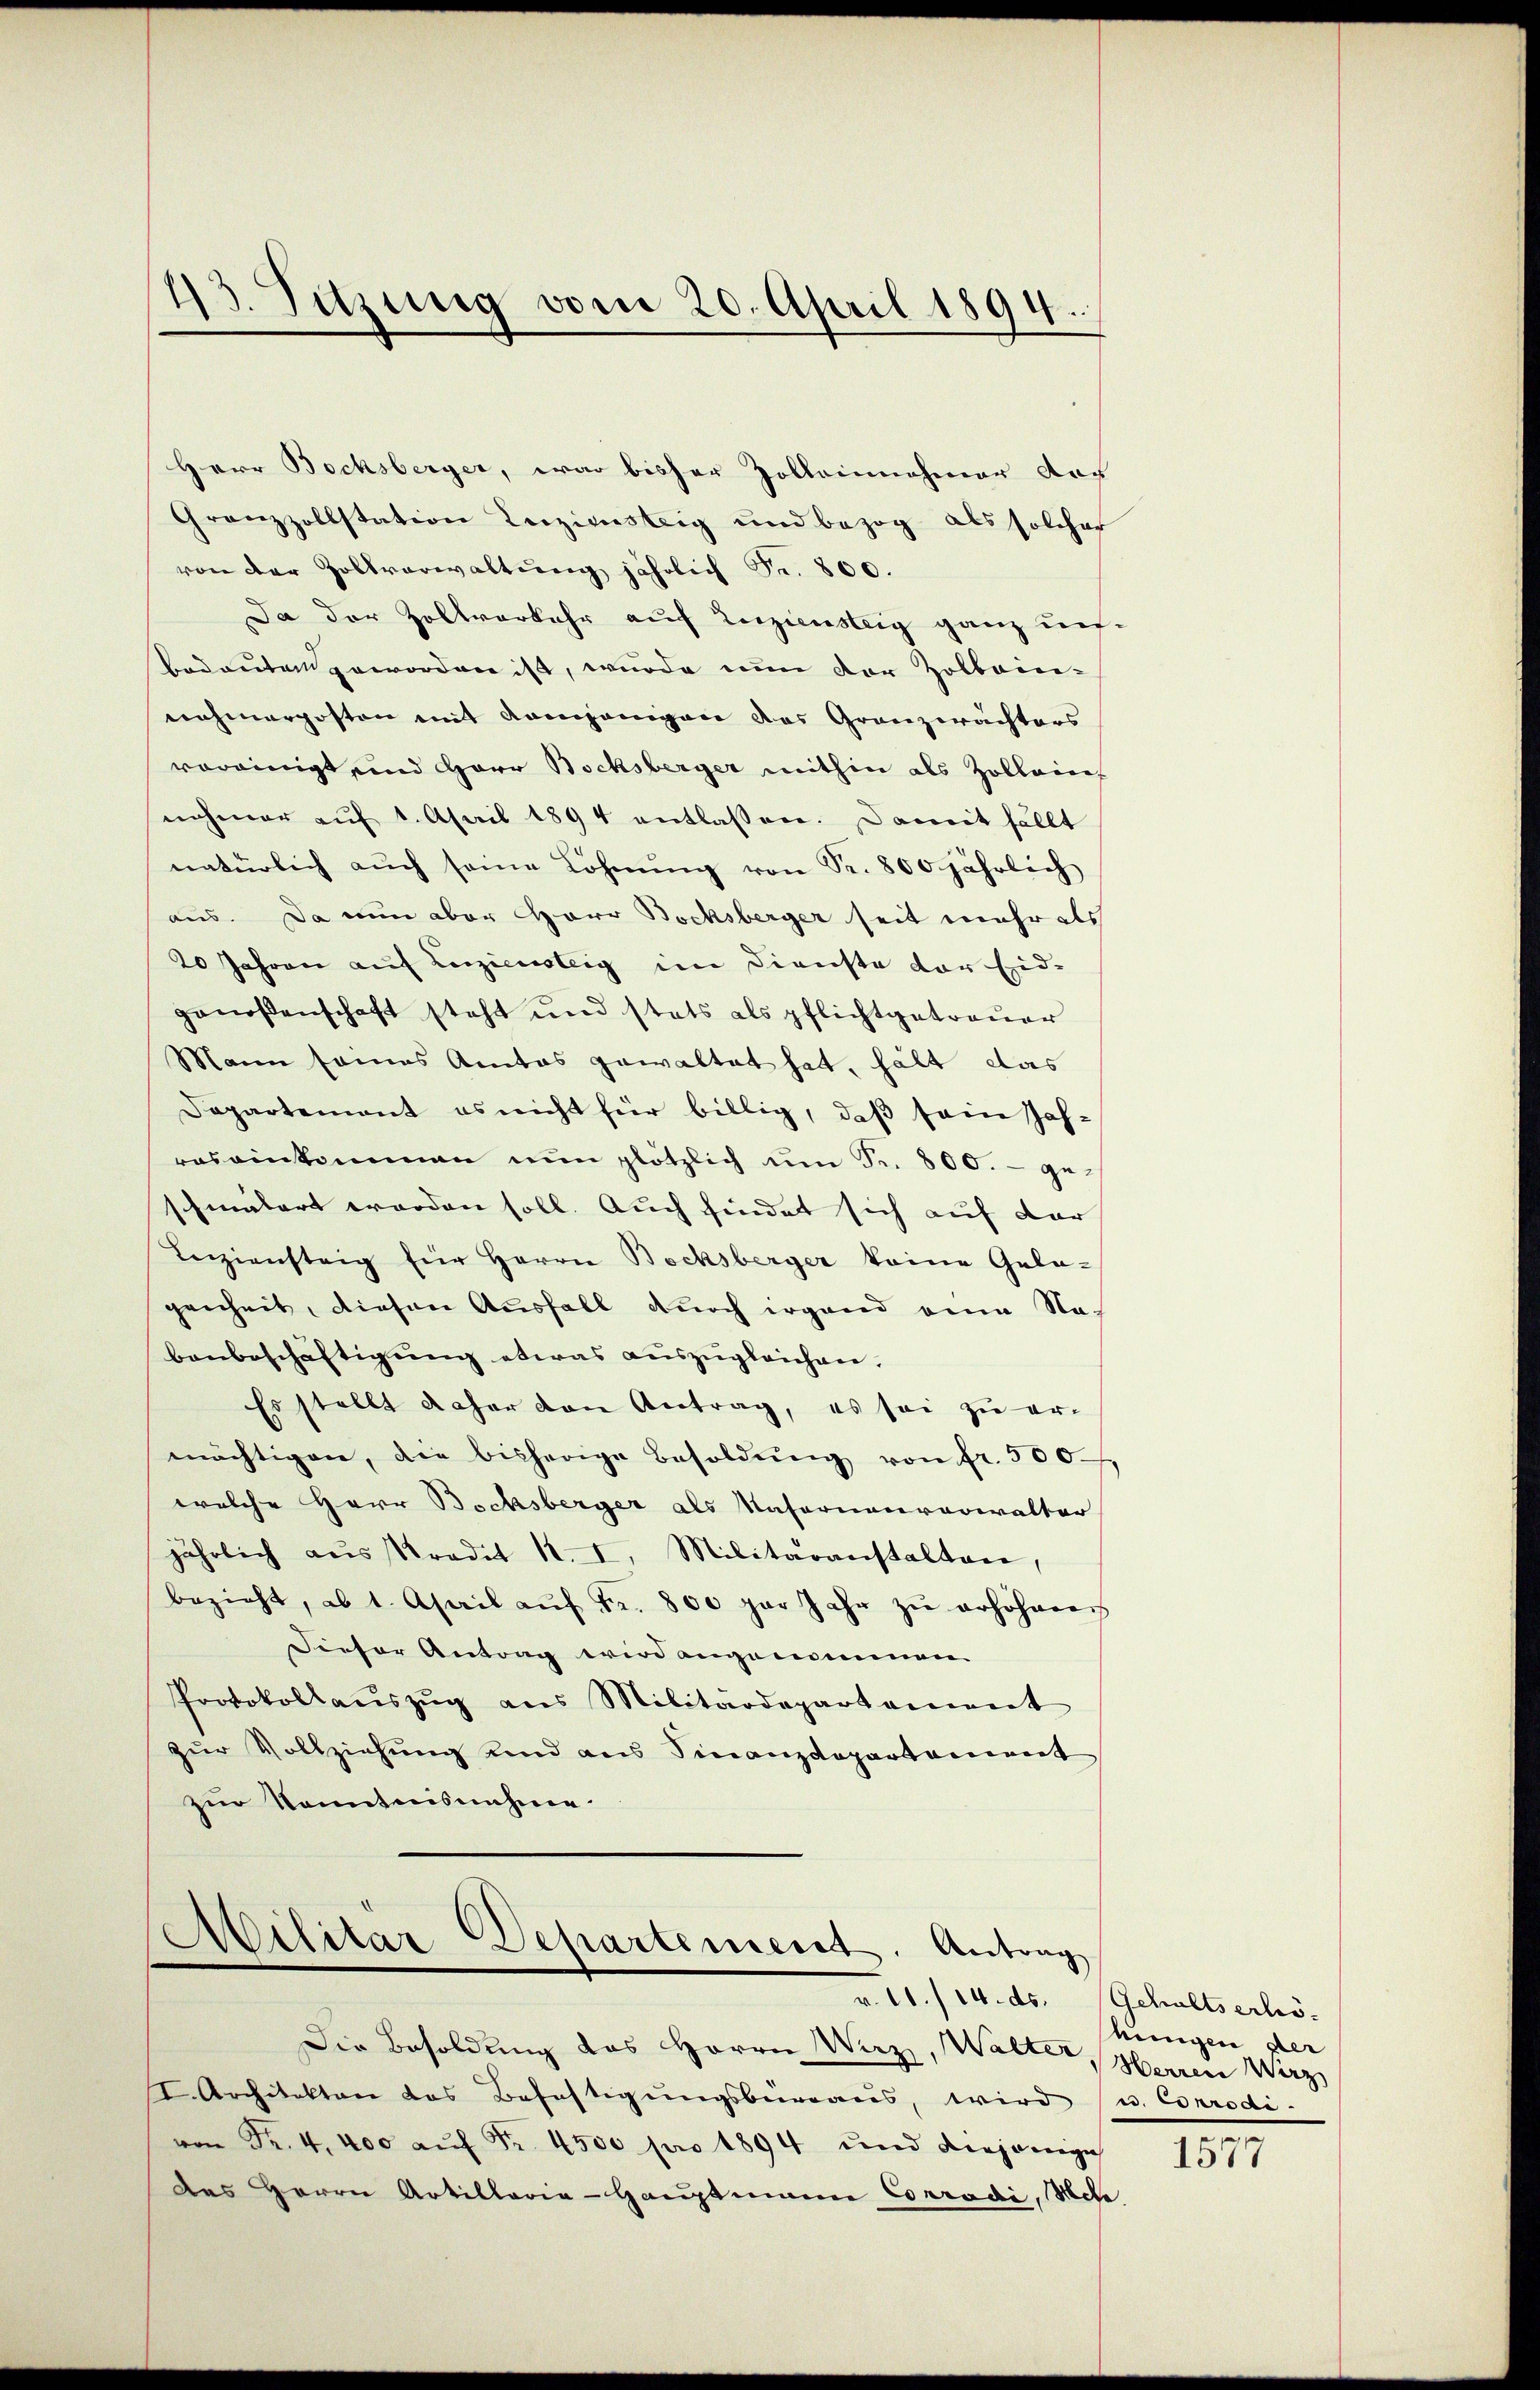
Herr Bochsberger, war bisher Zolleinnehmer der
Grenzzollstation Leiziensteig und bezog als solcher
von der Zollverwaltung jährlich Fr. 800.
Da der Zollvorkehr auf Zuziensteig ganz un¬
Bedeuten geworden ist, wurde nun der Zolbein-
nahmerposten mit Kampanigen das Granzwächters
vereinigt und Herr Bochsberger mithin als Zollein
nehmer aŭf 1. April 1894 entlassen. Damit fällt
natürlich aŭch seine Löhnŭng von Fr. 800 jährlich
aus. Da nun aber Herr Bochsberger seit mehr als
20 Jahren auf Liziensteig im Dienste der Eid-
genoßenschaft steht und stets als pflichtgetreuer
Mann sames Amtes gewaltet hat, hält das
Dapartement es nicht für billig, daβ sein Zah-
ros einkommen nun plötzlich um Fr. 800.- geschmälert worden soll. Auch findet sich auf der
Leiziensteig für Herrn Bocksberger keine Gela-
genheit, diesen Ausfall durch irgend eine Na-
benbeschäftigŭng etwas aŭszŭgleichen.
Es stellt daher den Antrag, es sei zu er-
mächtigen, die bisherige Besoldŭng von fr. 500
welche Herr Bochsberger als Nasernenverwalter
jährlich aŭs Predit 1. I. Militäranstalten,
bezieht, ab 1. April aŭf Fr. 800 par Jahr zŭ erhöheres
Dieser Antrag wird angenommen.
Protokollaŭszŭg ans Militärdepartement
zur Vollziehung und aus Finanzdepartement
zŭr Kenntnisnahme.

43. Sitzung vom 20. April 1894.

Militar Departement. Antrag

v. 11./14. ds. Gehaltserhö¬

Die Besoldung des Herrn Wirz, Walter, Herren Wirz,
I. Architekten das Befestigŭngsbüreaŭs, wird u. Corrodi-
von Fr. 4, 400 aŭf Fr. 4500 pro 1894 und diejenige
des Herrn Artillaria - Hauptmann Corrodi, Mete

hinigen der

1577